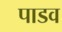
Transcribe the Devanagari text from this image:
पाडव